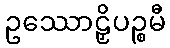
ဥဿောဠှိပဉ္စမီ